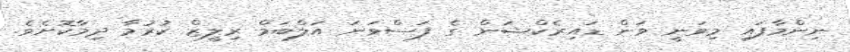
ނިންމާފައި މިވަނީ ވަން ޑައިރެކްޝަން ގެ ފަސްވަނަ އަލްބަމް ރިލީޒް ކުރުމާ ދިމާކޮށެވެ.